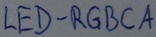
Text: LED-RGBCA